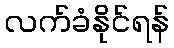
လက်ခံနိုင်ရန်